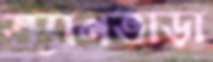
ভ্যানভাড়া